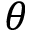
\theta